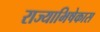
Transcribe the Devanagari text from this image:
राज्याभिषेकास